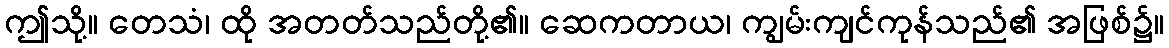
ဤသို့။ တေသံ၊ ထို အတတ်သည်တို့၏။ ဆေကတာယ၊ ကျွမ်းကျင်ကုန်သည်၏ အဖြစ်၌။